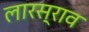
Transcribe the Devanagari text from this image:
लारस्राव